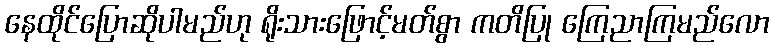
နေထိုင်ပြောဆိုပါမည်ဟု ရိုးသားဖြောင့်မတ်စွာ ကတိပြု ကြေညာကြမည်လော